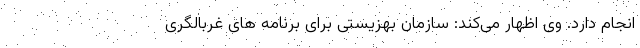
انجام دارد. وی اظهار می‌کند: سازمان بهزیستی برای برنامه های غربالگری